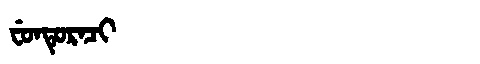
Manchu: ᠸᡠᠨᡨᡠᡵᠠᠴᡳ
Romanization: FUNTURACI